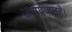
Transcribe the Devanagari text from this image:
जलप्रपातहै।